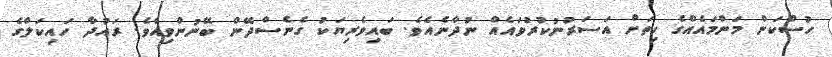
ހުސްކަން މަންމައެއްގެ ހިތަށް އަސަރުނުކުރުވައެއް ނުދާނެއެވެ. ބައިވެރިޔަކު ގެނެސްދޭން ބޭނުންވިއެވެ. ރައުދާ ހައިކަލްގެ